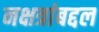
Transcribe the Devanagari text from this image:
नक्षत्रांबद्दल